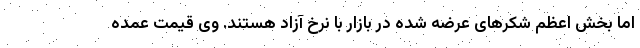
اما بخش اعظم شکرهای عرضه شده در بازار با نرخ آزاد هستند. وی قیمت عمده